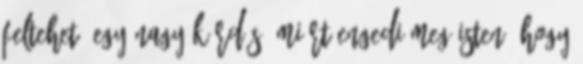
feltehető egy nagy kérdés: Miért engedi meg Isten, hogy